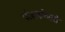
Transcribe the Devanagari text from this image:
पंजाबकेसरी